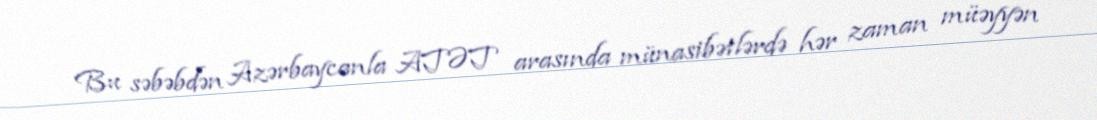
Bu səbəbdən Azərbaycanla ATƏT arasında münasibətlərdə hər zaman müəyyən